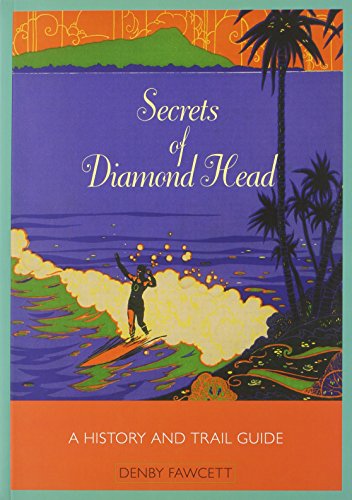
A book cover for Secrets of Diamond Head: A History and Trail Guide; Denby Fawcett; History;